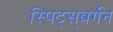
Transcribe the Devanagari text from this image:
स्पिट्स्‌बर्गेन